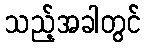
သည့်အခါတွင်